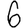
Digit: 6